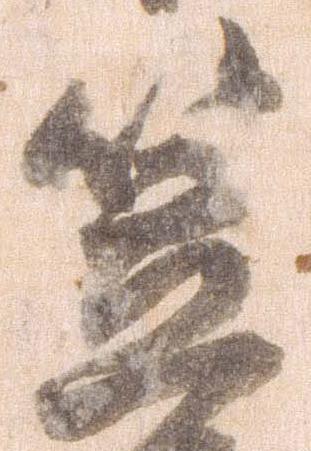
笠